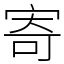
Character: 寄